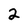
Character: 2